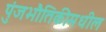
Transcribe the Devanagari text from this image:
पुंजभौतिकीमधील